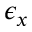
\epsilon _ { x }